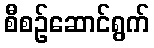
စီစဉ်ဆောင်ရွက်